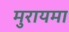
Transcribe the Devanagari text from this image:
मुरायमा